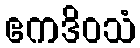
ဧကဒိဝသံ